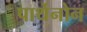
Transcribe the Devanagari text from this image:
पार्थेनोन